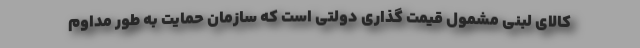
کالای لبنی مشمول قیمت گذاری دولتی است که سازمان حمایت به طور مداوم